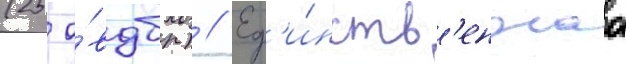
(25 о́вдбр) // Ед'и́нств'еннаа